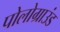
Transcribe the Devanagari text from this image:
पोलोग्राउंड